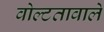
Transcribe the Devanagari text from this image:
वोल्टतावाले